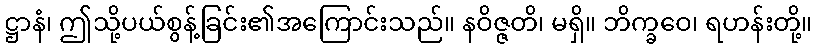
ဋ္ဌာနံ၊ ဤသို့ပယ်စွန့်ခြင်း၏အကြောင်းသည်။ နဝိဇ္ဇတိ၊ မရှိ။ ဘိက္ခဝေ၊ ရဟန်းတို့။